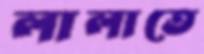
লালাতে